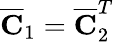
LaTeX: \overline{{\mathbf{C}}}_{1}=\overline{{\mathbf{C}}}_{2}^{T}